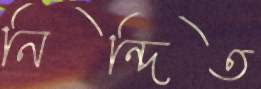
নিন্দিত